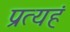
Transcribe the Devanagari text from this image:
प्रत्यहं